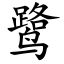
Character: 鹭